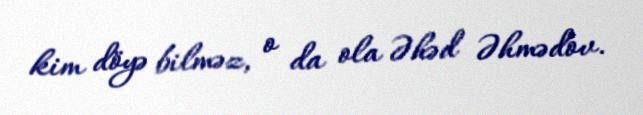
kim döyə bilməz, o da ola Əhəd Əhmədov.